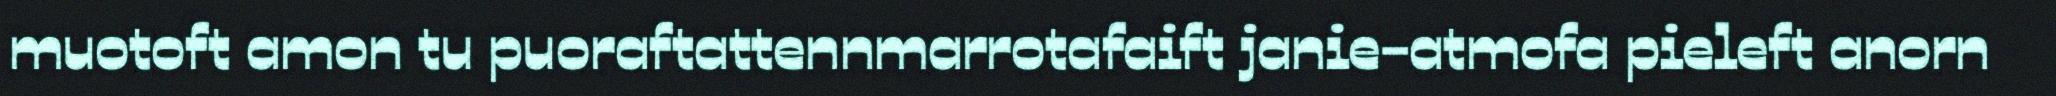
muotoft amon tu puoraftattennmarrotafaift janie-atmofa pieleft anorn